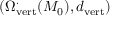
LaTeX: ( \Omega _ { \operatorname { v e r t } } ^ { \cdot } ( M _ { 0 } ) , d _ { \operatorname { v e r t } } )